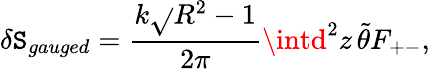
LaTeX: \delta\mathtt{S}_{gauged}=\frac{{k\sqrt{}{{R^{2}-1}}}}{{2\pi}}\intd^{2}z\, \tilde{{\theta}}F_{+-},